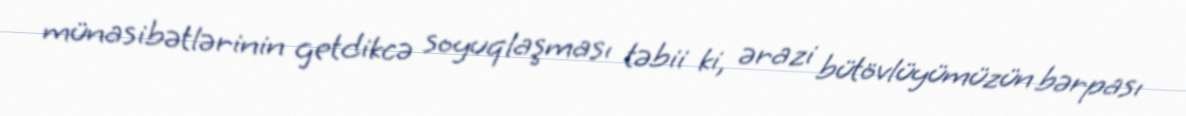
münasibətlərinin getdikcə soyuqlaşması təbii ki, ərazi bütövlüyümüzün bərpası